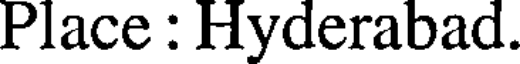
Place : Hyderabad.